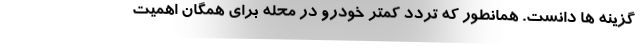
گزینه ها دانست. همانطور که تردد کمتر خودرو در محله برای همگان اهمیت